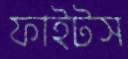
ফাইটস